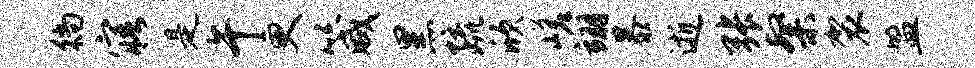
徜寤是午更箴黑疏欣嵯翊暴逝张粲袈盟